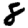
Digit: 8